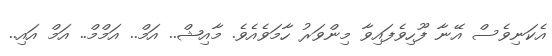
އެކަނިވެސް އޭނާ ފޫހިވެފައިވާ މިންވަރު ހާމަވެއެވެ. މާއިޝް.. އަމް.. އަމްމް.. އަމް އައި..